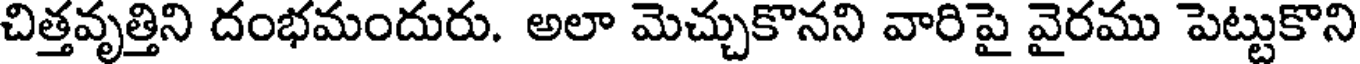
చిత్తవృత్తిని దంభమందురు. అలా మెచ్చుకొనని వారిపై వైరము పెట్టుకొని